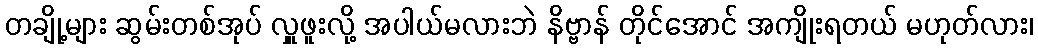
တချို့များ ဆွမ်းတစ်အုပ် လှူဖူးလို့ အပါယ်မလားဘဲ နိဗ္ဗာန် တိုင်အောင် အကျိုးရတယ် မဟုတ်လား၊